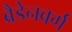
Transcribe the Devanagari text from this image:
ब्रैडेनबर्ग